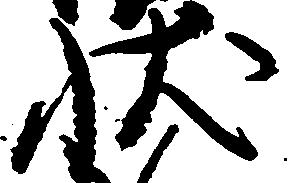
状